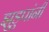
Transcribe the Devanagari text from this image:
झुडुपांनी